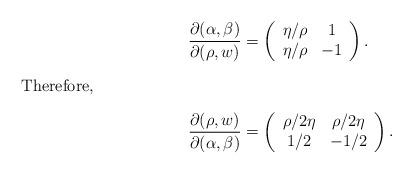
LaTeX: \begin{align*} \frac{\partial(\alpha,\beta)}{\partial(\rho,w)}&=\left( \begin{array}{cc} \eta/\rho & 1\\ \eta/ \rho & -1 \end{array}\right).\intertext{Therefore,} \frac{\partial(\rho,w)}{\partial(\alpha,\beta)}&=\left( \begin{array}{cc} \rho/2\eta & \rho/2\eta\\ 1/2 & -1/2 \end{array}\right).\end{align*}